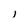
Character: l